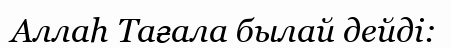
Аллаһ Тағала былай дейді: